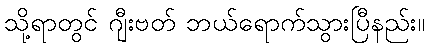
သို့ရာတွင် ဂျီးဗတ် ဘယ်ရောက်သွားပြီနည်း။